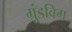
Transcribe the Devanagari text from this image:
ग्रुंडविग